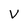
Character: V